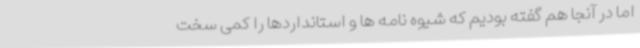
اما در آنجا هم گفته بودیم که شیوه نامه ها و استانداردها را کمی سخت